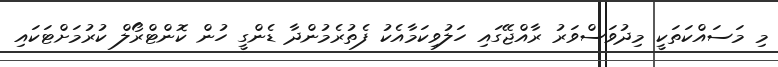
މި މަސައްކަތަކީ މިދުވަސްވަރު ރާއްޖޭގައި ހަލުވިކަމާއެކު ފެތުރެމުންދާ ޑެންގީ ހުން ކޮންޓްރޯލް ކުރުމަށްޓަކައި